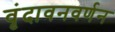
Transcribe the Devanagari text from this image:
वृंदावनवर्णन